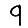
Digit: 9